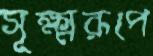
সূক্ষ্মরূপে